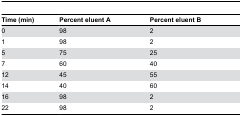
| Time (min) | Percent eluent A | Percent eluent B |
 | --- | --- | --- |
 | 0 | 98 | 2 |
 | 1 | 98 | 2 |
 | 5 | 75 | 25 |
 | 7 | 60 | 40 |
 | 12 | 45 | 55 |
 | 14 | 40 | 60 |
 | 16 | 98 | 2 |
 | 22 | 98 | 2 |